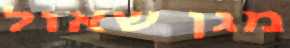
מגן שאול